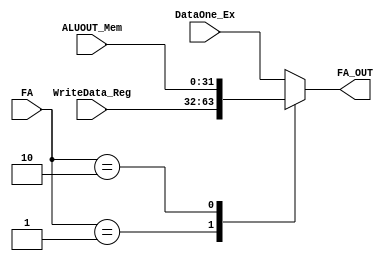
module FA_Mux (
    input wire [31:0] DataOne_Ex,
    input wire [31:0] ALUOUT_Mem,
    input wire [31:0] WriteData_Reg,
    input wire [1:0] FA,
    output reg [31:0] FA_OUT );

always @(*)
   begin
     FA_OUT=DataOne_Ex;
     case(FA)
       'b00:FA_OUT=DataOne_Ex;
       'b01:FA_OUT=WriteData_Reg;
       'b10:FA_OUT=ALUOUT_Mem;
       default:FA_OUT=DataOne_Ex;
       endcase
   end

endmodule